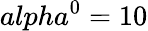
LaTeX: alpha^{0}=10